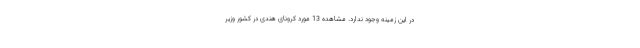
در این زمینه وجود ندارد. مشاهده 13 مورد کرونای هندی در کشور وزیر